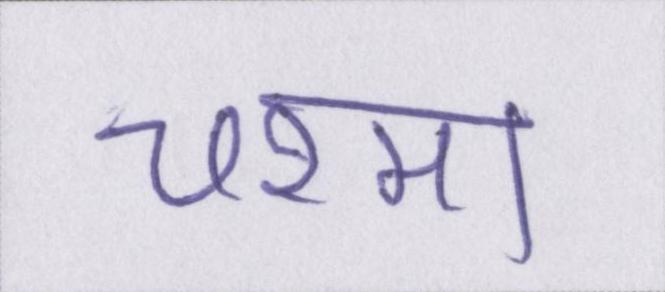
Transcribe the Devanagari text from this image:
चश्मा